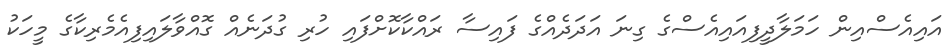
އައިއެސްއިން ހަމަލާދީފިއައިއެސްގެ ގިނަ އަދަދެއްގެ ފައިސާ ރައްކާކޮށްފައި ހުރި ގުދަނެއް ގޮއްވާލައިފިއެމެރިކާގެ މީީހަކު